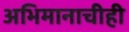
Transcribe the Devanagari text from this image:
अभिमानाचीही